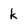
Character: k